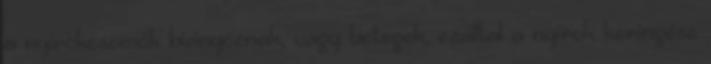
a nyirokcsomók hiányoznak, vagy betegek, ezáltal a nyirok keringése